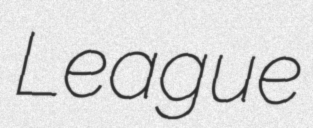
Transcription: League